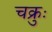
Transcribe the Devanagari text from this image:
चक्रुः